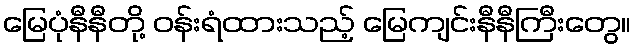
မြေပုံနီနီတို့ ဝန်းရံထားသည့် မြေကျင်းနီနီကြီးတွေ။